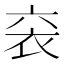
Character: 𫋴